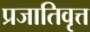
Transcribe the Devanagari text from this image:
प्रजातिवृत्त